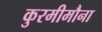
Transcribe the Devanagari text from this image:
कुरमीमौना